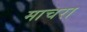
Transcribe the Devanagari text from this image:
माचरा